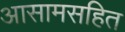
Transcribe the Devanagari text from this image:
आसामसहित